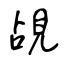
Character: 覘